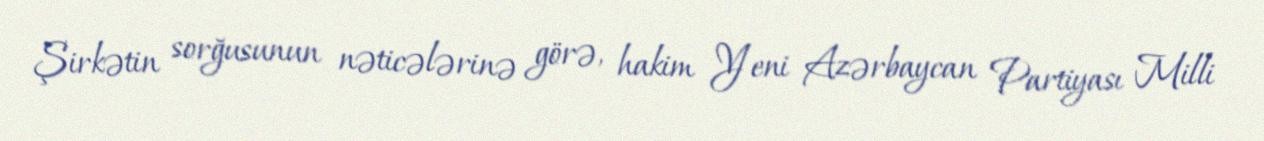
Şirkətin sorğusunun nəticələrinə görə, hakim Yeni Azərbaycan Partiyası Milli